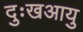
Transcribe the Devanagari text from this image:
दुःखआयु